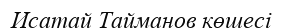
Исатай Тайманов көшесі